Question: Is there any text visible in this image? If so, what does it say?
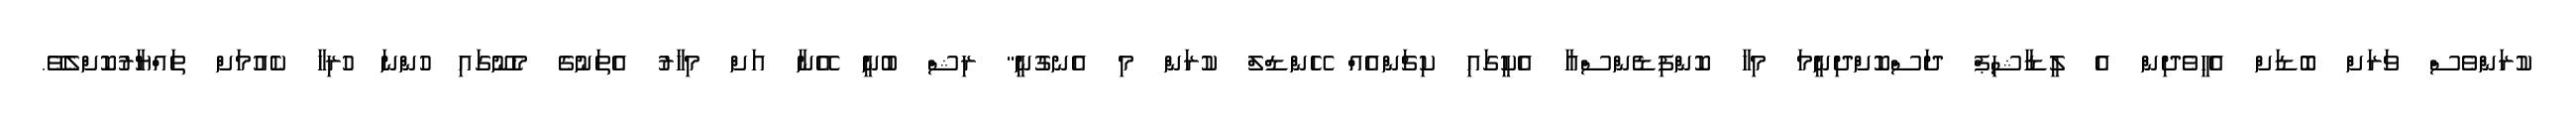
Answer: ކުރަންވެސް ވަރަށް ބޮޑަށް އެހީވެދިން އެ ލީޑާޝިޕް ދަސްކޮށްދިނީމަ މިހާ ކޮންފިޑެންސްއާ އެކީގައި ކިޗަންއެއް ހޭންޑްލް ކުރަން މި އެނގުނީ" ރިޝް ބުނީ އޭނާ އަށް މިހާރު އެތަނުގެ މެނޫގައި ހުންނަ ހުރިހާ ކެއުމަށް ތައްޔާރުކޮށްލެވޭ.